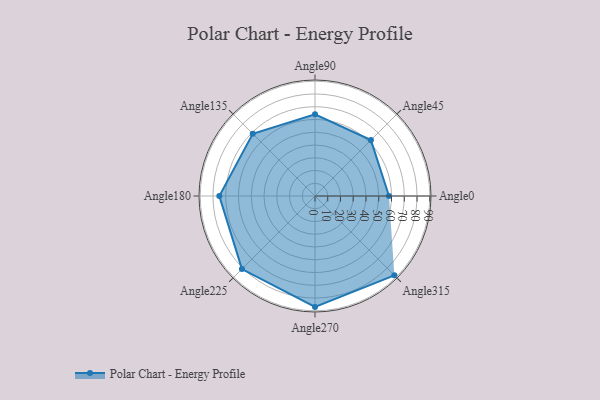
{"axis": {"x": "Angle", "y": "Radius"}, "legend": [""], "data": [{"x": "Angle0", "y": 58.0, "type": ""}, {"x": "Angle45", "y": 62.0, "type": ""}, {"x": "Angle90", "y": 64.0, "type": ""}, {"x": "Angle135", "y": 69.0, "type": ""}, {"x": "Angle180", "y": 75.0, "type": ""}, {"x": "Angle225", "y": 81.0, "type": ""}, {"x": "Angle270", "y": 87.0, "type": ""}, {"x": "Angle315", "y": 88.0, "type": ""}]}